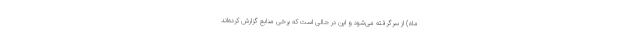
ماه) از سرگرفته می‌شود و این در حالی است که برخی منابع گزارش کرده‌اند